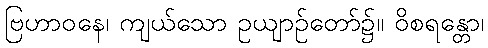
ဗြဟာဝနေ၊ ကျယ်သော ဥယျာဉ်တော်၌။ ဝိစရန္တော၊